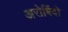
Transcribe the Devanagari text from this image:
अरोबिंदो